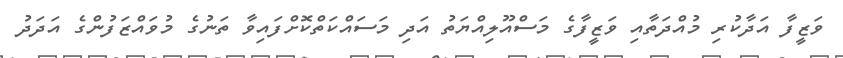
ވަޒީފާ އަދާކުރި މުއްދަތާއި ވަޒީފާގެ މަސްއޫލިއްޔަތު އަދި މަސައްކަތްކޮށްފައިވާ ތަނުގެ މުވައްޒަފުންގެ އަދަދު